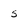
Character: s